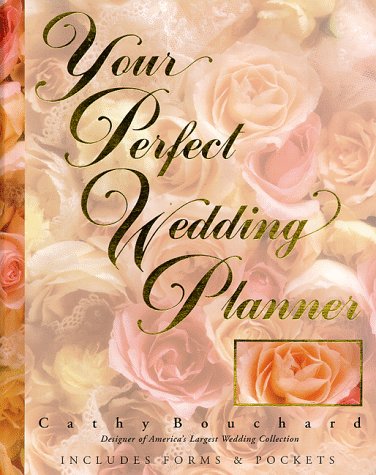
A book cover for Your Perfect Wedding Planner; Cathy Bouchard; Crafts, Hobbies & Home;